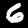
Digit: 6